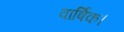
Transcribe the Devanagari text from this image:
वार्षिक।